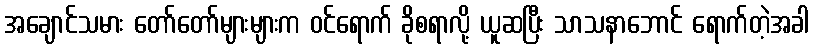
အချောင်သမား တော်တော်များများက ဝင်ရောက် ခိုစရာလို့ ယူဆပြီး သာသနာဘောင် ရောက်တဲ့အခါ